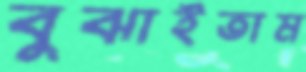
বুঝাইতাম